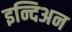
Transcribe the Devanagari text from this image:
इन्दिअन